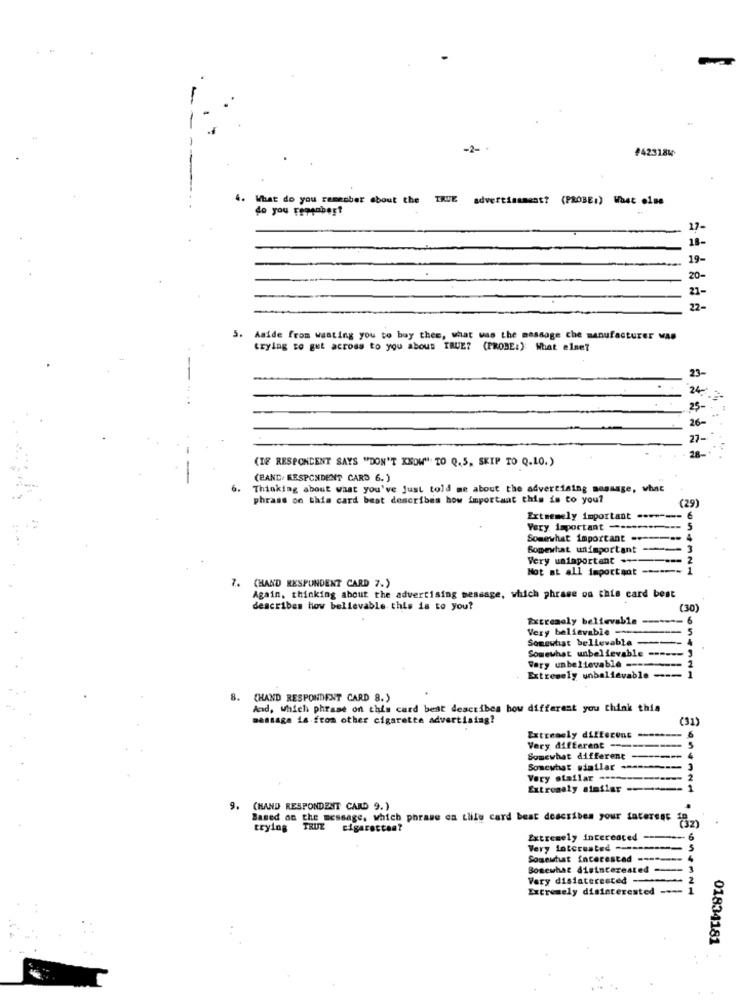
-2-
£423184
4. What do you remember about the TRUE advertisement? (PROBE:) What else
do you remember?
17-
19-
20
22-
5. Aside from wasting you to buy thee, what was the massage che manufacturer was
trying to gut across to you abous TRUE? (PROBE:): What else?
23-
24
25-
26-
27-
(IF RESPONDENT SAYS "DON'T KNOW" TO Q. 5, SKIP TO Q.10.)
28-
(EAND. RESPONDENT CARD 6.)
Thinking about what you've just told me about the advertising message, what
phrase on this card best describes how important this is to you?
(29)
Extremely important
Very important ----
Somewhat important ..
Somewhat unimportant
Very uaimportant .------
Not at all important ------
7. (HAND RESPONDENT CARD 7.)
Again, thinking about the advertising message, which phrase on this card best
describes how believable this is to you?
(30)
Extremely believable
Very believable -
-- 5
Somewhat bellevable
Somewhat unbelievable ------
Fery unbelievable -------
Extremely unbelievable ---
. CHAND RESPONDENT CARD 8.)
And, which phrase on this card best describes how different you think this
massage ia from other cigarette advertising?
Extremely different
Very different ---
Somewhat different
----
Somewhat siatlar ------ ]
Very stailar ----
----
Extreaaly atelier ----
9. (HAND RESPONDENT CARD 9.)
Based on the message, which phrase on Luile card beat describes your interest
trying TRUE cigaretten?
Extremely interested
Very Interested =========== 5
Somewhat Interested --------
Somewhat disinterested =-
Very disinterested ----- 2
Extremely disinterested ---- 1
01834181